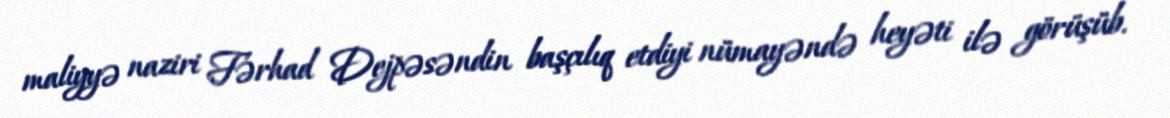
maliyyə naziri Fərhad Dejpəsəndin başçılıq etdiyi nümayəndə heyəti ilə görüşüb.